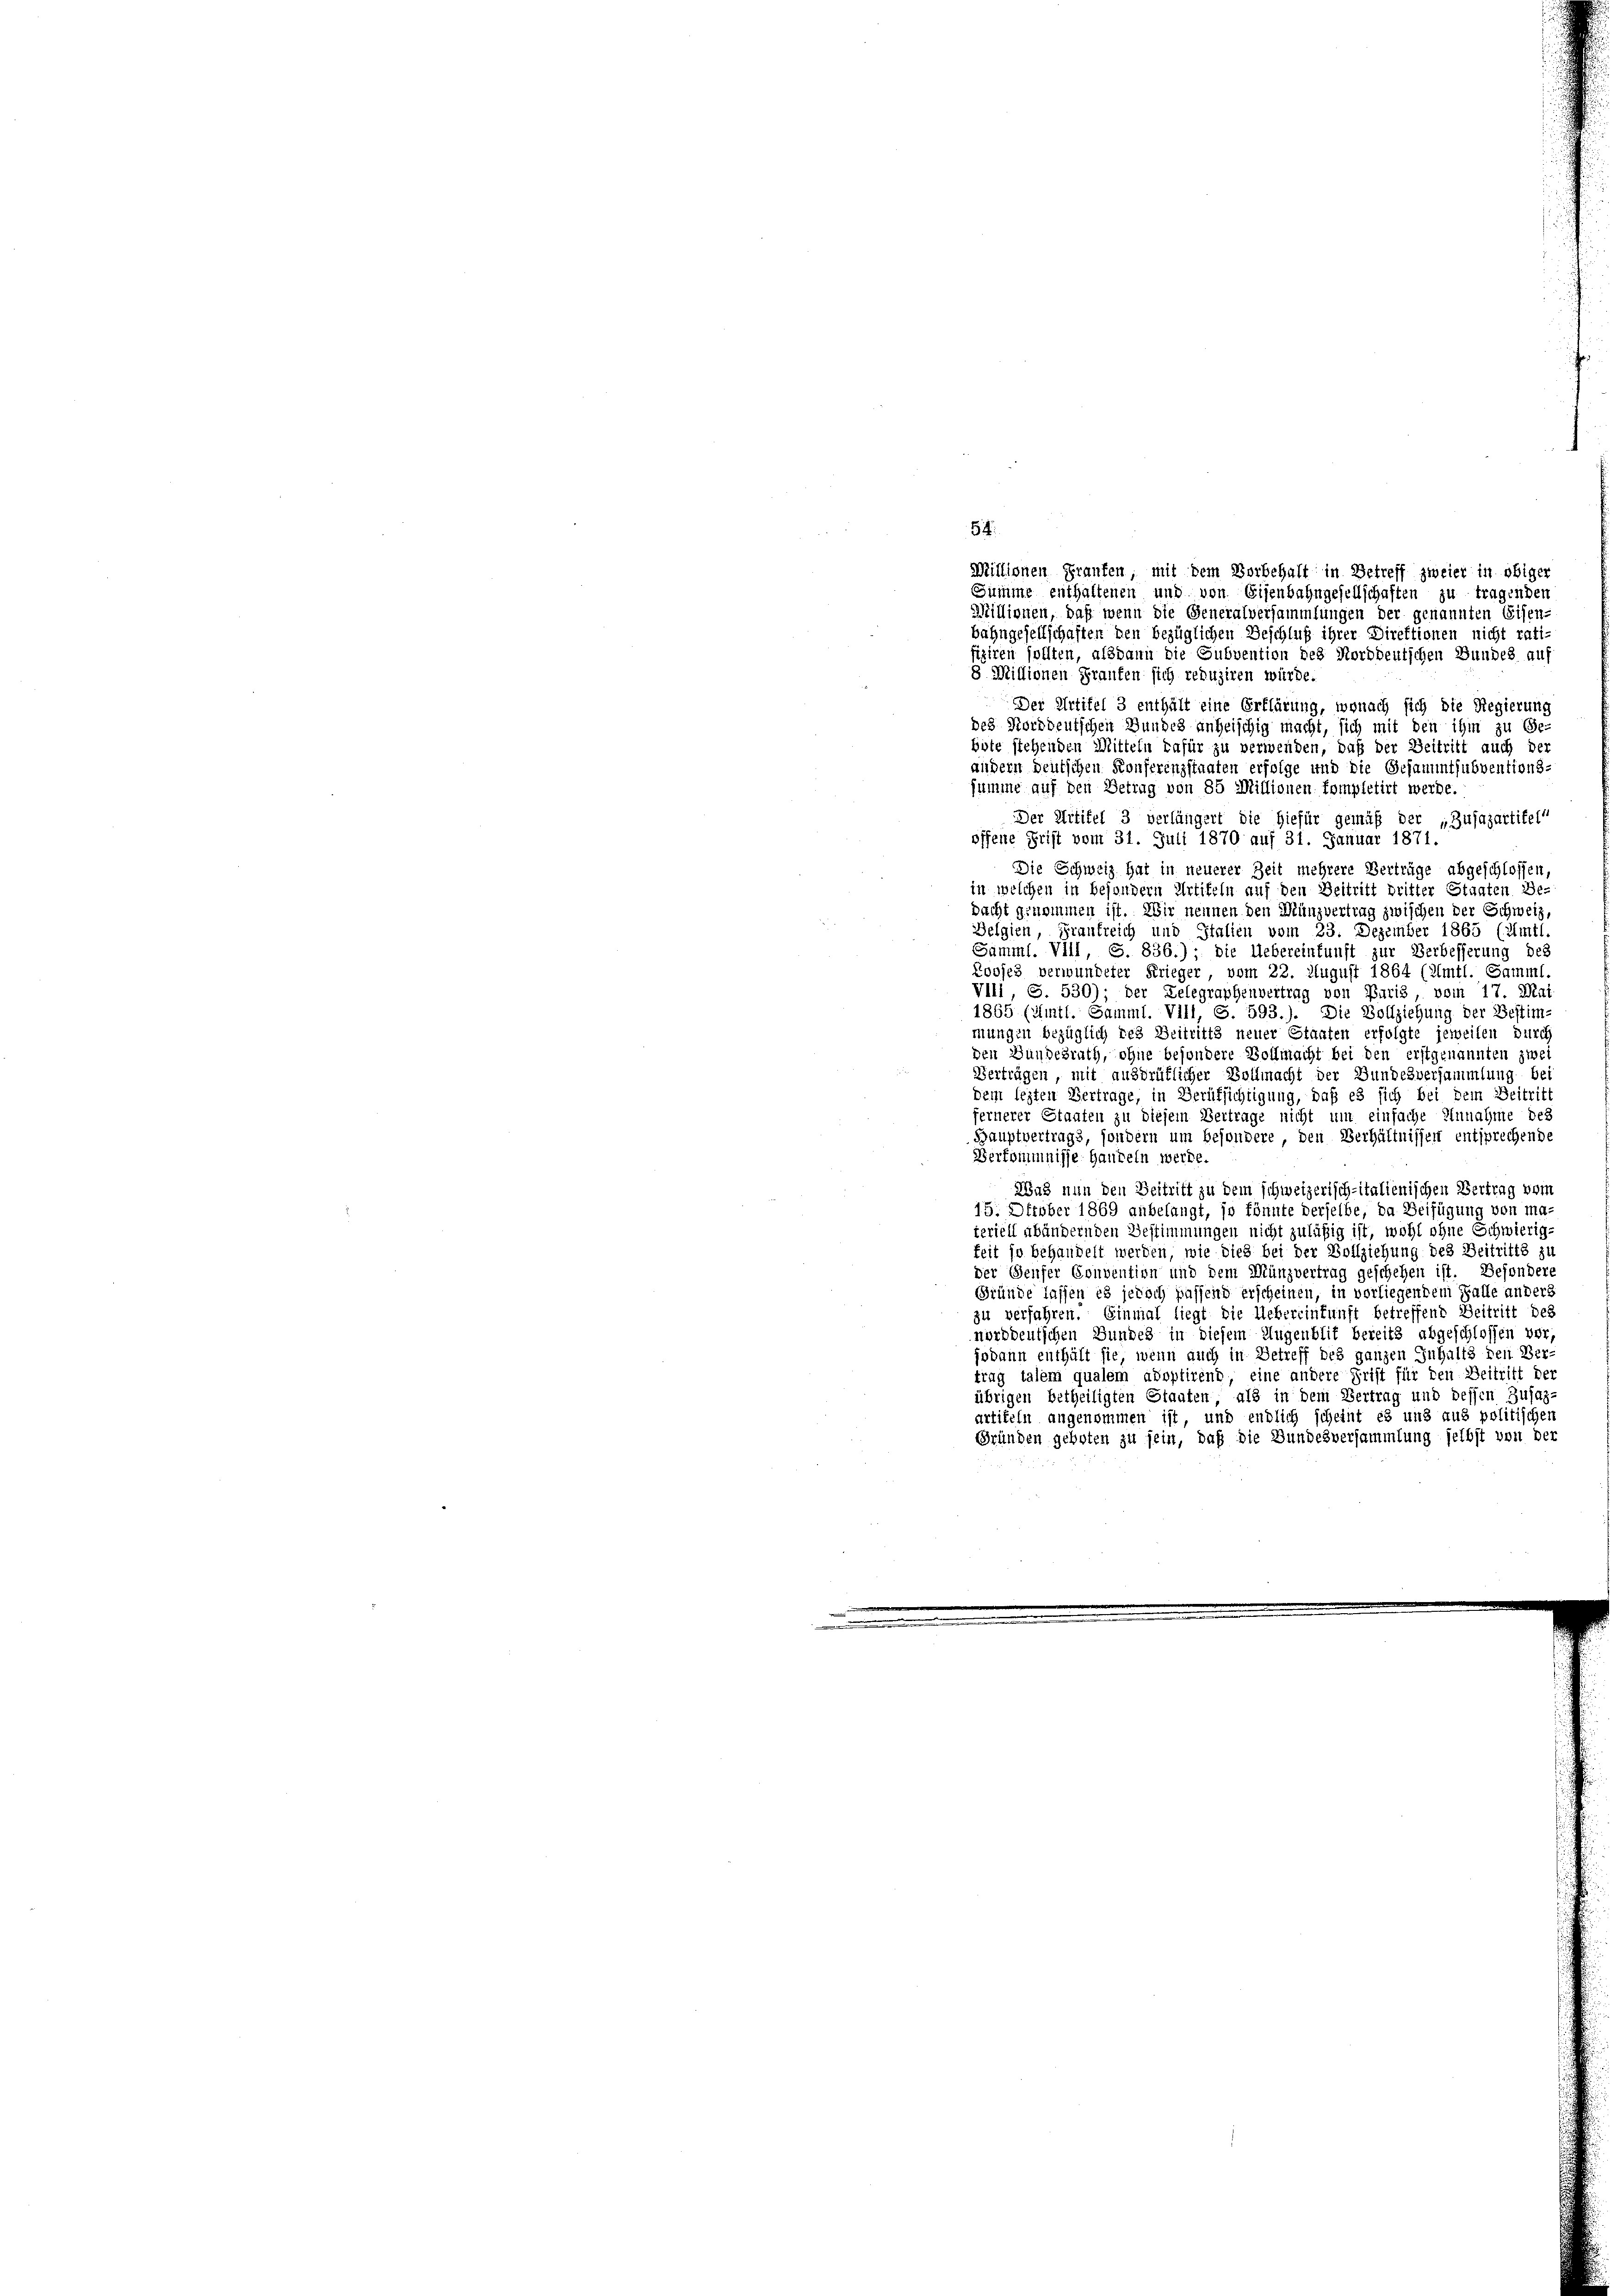
Summe enthaltenen und von Eisenbahngesellschaften zu tragenden
Millionen, daß wenn die Generalversammlungen der genannten Eisen-
bahngesellschaften den bezüglichen Beschluß ihrer Direktionen nicht rati-
fiziren sollten, alsdann die Subvention des Norddeutschen Bundes auf
8 Millionen Graufen sich reduziren würde.
Der Artikel 3 enthält eine Erklärung, wonach sich die Regierung
des Norddeutschen Bundes anheischig macht, sich mit den ihm zu Ge-
böte stehenden Mitteln dafür zu verwenden, daß der Beitritt auch der
audern deutschen Konferenzstaaten erfolge und die Gesammtsubventions-
summe auf den Betrag von 85 Millionen kompletirt werde.
Der Mitifel 3 verlängert die hiefür gemäß der „Zusazartitel“
offene Frist vom 31. Juli 1870 auf 31. Januar 1871.
Die Schweiz hat in neuerer Zeit mehrere Verträge abgeschlossen,
in welchen in besondern Artikeln auf den Beitritt dritter Staaten Be-
pacht genommen ist. Wir nennen den Münzvertrag zwischen der Schweiz,
Belgien, Frankreich und Italien vom 23. Dezember 1865 (Amtl.
Samml. Vill, S. 836.); die Uebereinkunft zur Verbesserung des
Rooses verwundeter Krieger, vom 22. August 1864 (Amtl. Samml.
VIII, S. 530); der Gelegraphenvertrag von Paris vom 17. Mai
1865 (Amtl. Samml. VIII, S. 593.). Die Vollziehung der Bestim-
mungen bezüglich des Beitritts neuer Stanten erfolgte jeweilen durch
den Gundesrath, ohne besondere Vollmacht bei den erstgenannten zwei
Verträgen, mit ausdrüklicher Vollmacht der Bundesversammlung bei
dem lezten Vertrage, in Berüksichtigung, daß es sich bei dem Beitritt
fernerer Staaten zu diesem Vertrage nicht um einfache Annahme des
Hauptvertrags, sondern um besondere, den Verhältnissen entsprechende
Verkommnisse Handeln werde.
Was nun den Beitritt zu dem schweizerisch-italienischen Vertrag vom
15. Oktober 1869 anbelangt, ja könnte derselbe, da Beifügung von ma-
teriell abändernden Bestimmungen nicht zuläßig ist, wohl ohne Schwierig-
keit so behandelt werden, wie dies bei der Vollziehung des Beitritts zu
der Genfer Convention und dem Münzvertrag geschehen ist. Besondere
Gründe lassen es jedoch passend erscheinen, in vorliegendem Falle anders
zu verfahren. Einmal liegt die Uebereinkunft betreffend Beitritt des
norddeutschen Bundes in diesem Augenblit bereits abgeschlossen vor
jodann enthält sie, wenn auch in Betreff des ganzen Inhalts den Ver-
trag talem qualem adoptirend, eine andere Frist für den Beitritt der
übrigen betheiligten Staaten, als in dem Vertrag und dessen Zusatz-
artikeln angenommen ist, und endlich scheint es und aus politischen
Gründen geboten zu sein, daß die Bundesversammlung selbst von der

54.
Millionen Graufen, mit dem Vorbehalt in Betreff zweier in obiger